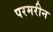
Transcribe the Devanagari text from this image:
परमरीन